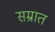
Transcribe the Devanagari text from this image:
सम्रात